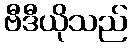
ဗီဒီယိုသည်